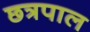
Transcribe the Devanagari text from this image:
छत्रपाल